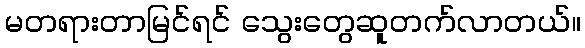
မတရားတာမြင်ရင် သွေးတွေဆူတက်လာတယ်။